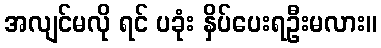
အလျင်မလို ရင် ပခုံး နှိပ်ပေးရဦးမလား။